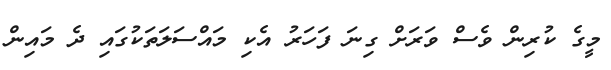
މީގެ ކުރިން ވެސް ވަރަށް ގިނަ ފަހަރު އެކި މައްސަލަތަކުގައި ދެ މައިން